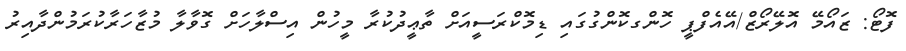
ފޮޓޯ: ޒައޯމޭ އޮލޭރޯޒް/އޭއެފްޕީ ހޮންގކޮންގުގައި ޑިމޮކްރަސީއަށް ތާޢީދުކުރާ މީހުން އިސްލާހަށް ގޮވާލާ މުޒާހަރާކުރަމުންދާއިރު